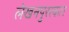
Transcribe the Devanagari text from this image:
लेखनपुरस्कार